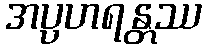
အပ္ပဟရန္တဿ